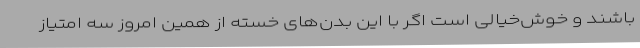
باشند و خوش‌خیالی است اگر با این بدن‌های خسته از همین امروز سه امتیاز